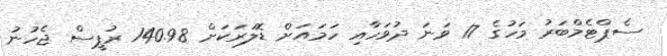
ސެޕްޓެމްބަރު މަހުގެ 17 ވަނަ ދުވަހާއި ހަމައަށް ޑޮލަރަކަށް 140.98 ރުޕީސް ޖެހުނު